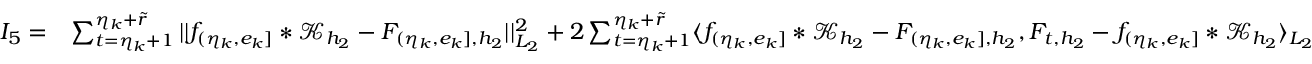
\begin{array} { r l } { I _ { 5 } = } & { \sum _ { t = \eta _ { k } + 1 } ^ { \eta _ { k } + \widetilde { r } } \vert \vert f _ { ( \eta _ { k } , e _ { k } ] } \ast \mathcal { K } _ { { h _ { 2 } } } - F _ { ( \eta _ { k } , e _ { k } ] , { h _ { 2 } } } \vert \vert _ { L _ { 2 } } ^ { 2 } + 2 \sum _ { t = \eta _ { k } + 1 } ^ { \eta _ { k } + \widetilde { r } } \langle f _ { ( \eta _ { k } , e _ { k } ] } \ast \mathcal { K } _ { { h _ { 2 } } } - F _ { ( \eta _ { k } , e _ { k } ] , { h _ { 2 } } } , F _ { t , { h _ { 2 } } } - f _ { ( \eta _ { k } , e _ { k } ] } \ast \mathcal { K } _ { { h _ { 2 } } } \rangle _ { L _ { 2 } } } \end{array}